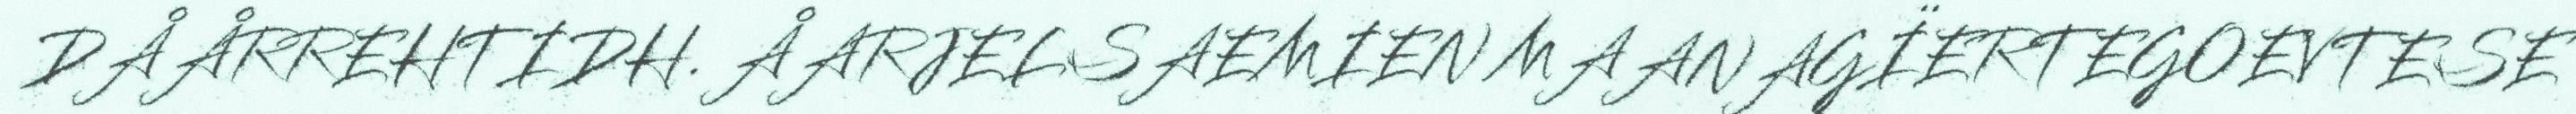
DÅÅRREHTIDH. ÅARJELSAEMIEN MAANAGÏERTEGOEVTESE